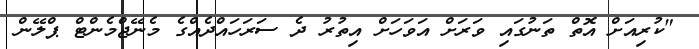
"ކުރިއަށް އޮތް ތަނުގައި ވަރަށް އަވަހަށް އިތުރު ދެ ސަރަހައްދެއްގެ މެނޭޖްމެންޓް ޕްލޭން